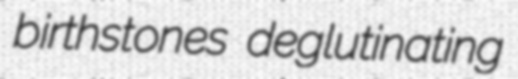
birthstones deglutinating